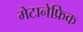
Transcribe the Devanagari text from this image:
मेटानेफ्रिक